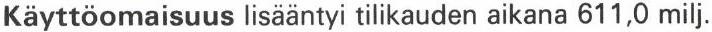
Käyttöomaisuus lisääntyi tilikauden aikana 611,0 milj.